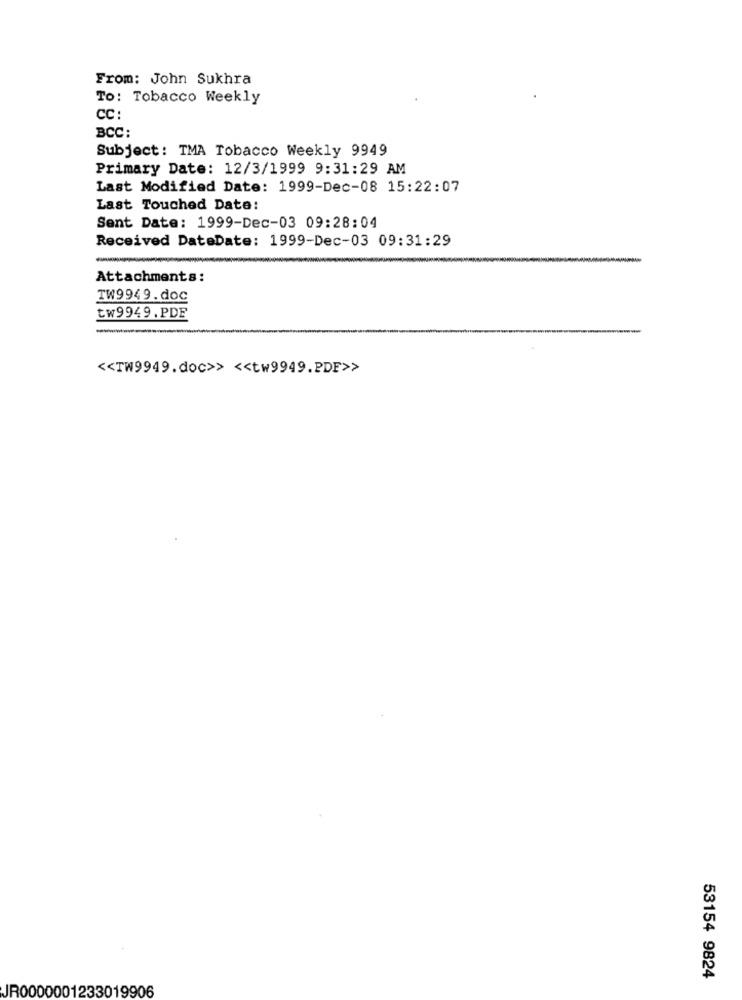
From: John Sukhra
To: Tobacco Weekly
CC:
BCC:
Subject: TMA Tobacco Weekly 9949
Primary Date: 12/3/1999 9:31:29 AM
Last Modified Date: 1999-Dec-08 15:22:07
Last Touched Date:
Sent Date: 1999-Dec-03 09:28:04
Received DateDate: 1999-Dec-03 09:31:29
Attachments:
TW9949.doc
tw9949.PDF
<< TW9949.doc>> << tw9949.PDF>>
53154 9824
JR0000001233019906